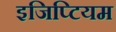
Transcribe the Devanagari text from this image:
इजिप्टियम